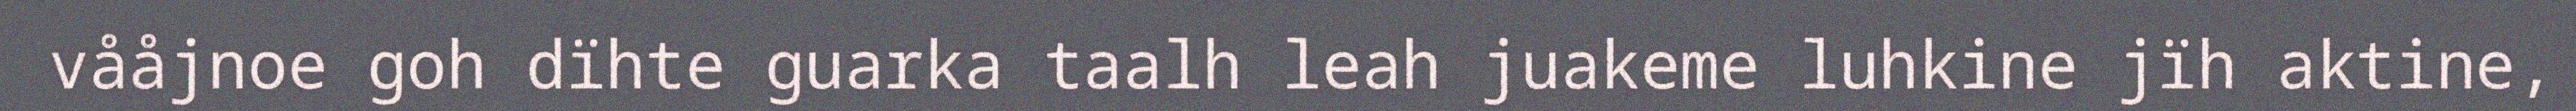
vååjnoe goh dïhte guarka taalh leah juakeme luhkine jïh aktine,